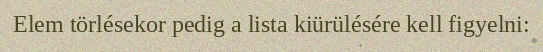
Elem törlésekor pedig a lista kiürülésére kell figyelni: